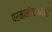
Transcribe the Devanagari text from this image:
परमानंददायिनी